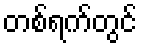
တစ်ရက်တွင်